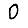
Digit: 0